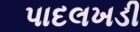
પાદલખડી